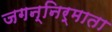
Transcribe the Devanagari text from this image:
जगन्निर्माता